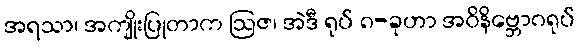
အရသာ၊ အကျိုးပြုတာက ဩဇ၊ အဲဒီ ရုပ် ၈-ခုဟာ အဝိနိဗ္ဘောဂရုပ်